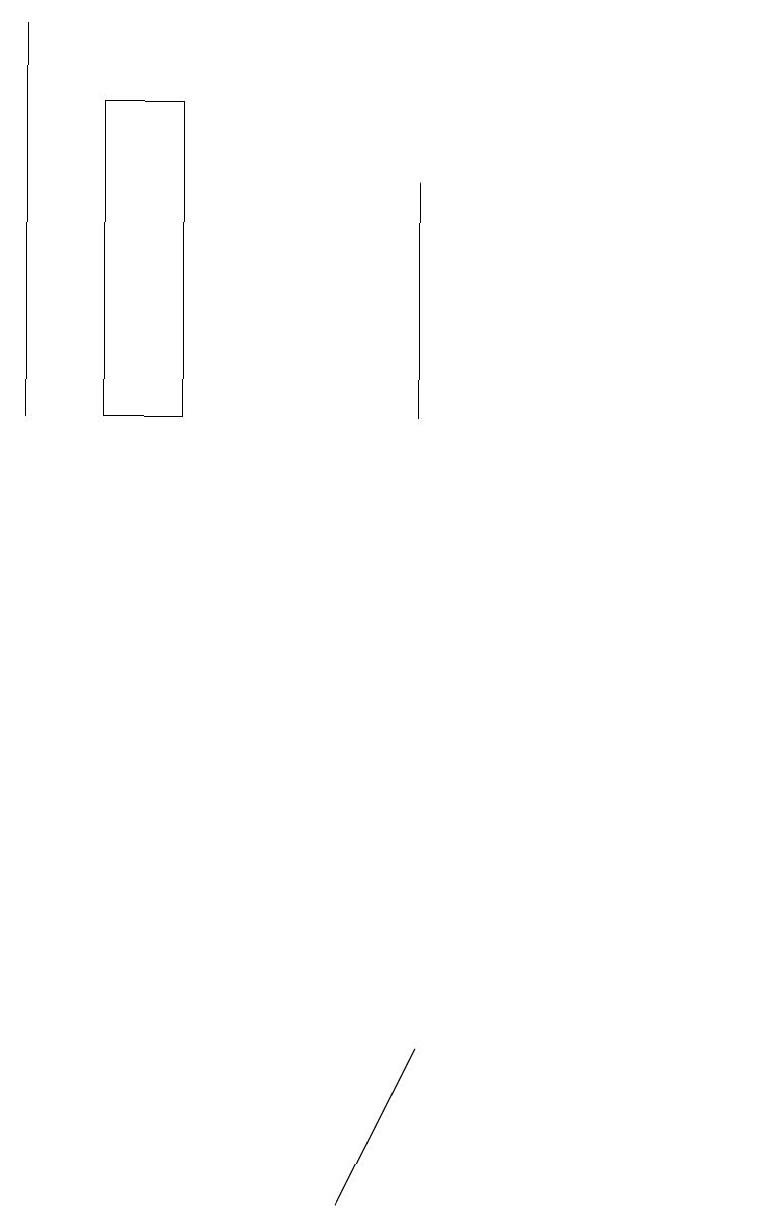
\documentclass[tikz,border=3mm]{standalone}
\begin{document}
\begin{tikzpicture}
\draw (10,10) circle (0);
\draw (1,15) rectangle (1,10);
\draw (5,0) -- (6,2) -- (5,0) -- cycle;
\draw (2,10) rectangle (3,14);
\draw (6,13) rectangle (6,10);
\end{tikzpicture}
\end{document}